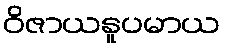
ဝိဇာယနူပမာယ